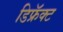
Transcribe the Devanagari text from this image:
डिफ्रॅक्ट